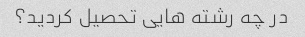
در چه رشته هایی تحصیل کردید؟